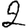
Digit: 2